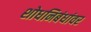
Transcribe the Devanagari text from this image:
शोधनिबंधांवर